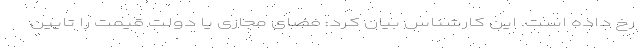
رخ داده است. این کارشناس بیان کرد: فضای مجازی یا دولت قیمت را تایین